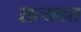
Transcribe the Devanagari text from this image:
सत्यदत्त